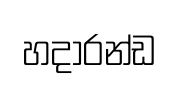
හදාරන්ඩ